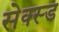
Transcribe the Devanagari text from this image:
सेक्स्ड